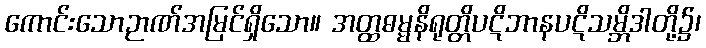
ကောင်းသောဉာဏ်အမြင်ရှိသော။ အတ္ထဓမ္မနိရုတ္တိပဋိဘာနပဋိသမ္ဘိဒါတို့၌၊